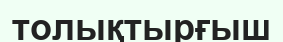
толықтырғыш